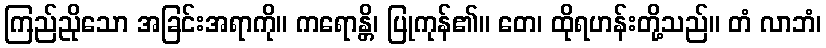
ကြည်ညိုသော အခြင်းအရာကို။ ကရောန္တိ၊ ပြုကုန်၏။ တေ၊ ထိုရဟန်းတို့သည်။ တံ လာဘံ၊